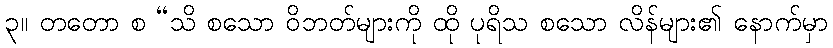
၃။ တတော စ “သိ စသော ဝိဘတ်များကို ထို ပုရိသ စသော လိန်များ၏ နောက်မှာ